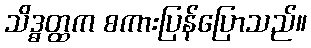
သိဒ္ဓတ္ထက စကားပြန်ပြောသည်။